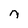
Character: n